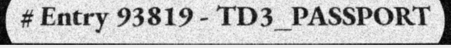
# Entry 93819 - TD3_PASSPORT